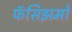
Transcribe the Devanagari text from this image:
फॅसिझमो